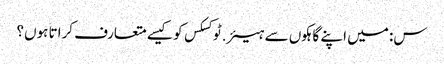
س: میں اپنے گاہکوں سے ہیئر.ٹوکسکس کو کیسے متعارف کراتا ہوں؟